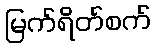
မြက်ရိတ်စက်